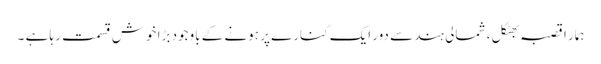
ہمار ا قصبہ بھٹکل ، شمالی ہند سے دور ایک کنارے پر ہونے کے باوجود بڑا خوش قسمت رہا ہے ۔